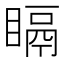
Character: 𥉅